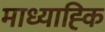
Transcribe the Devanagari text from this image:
माध्याह्कि